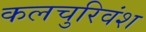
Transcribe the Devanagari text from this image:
कलचुरिवंश